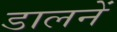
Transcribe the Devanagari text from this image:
डालनें